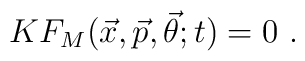
K F_{M}({\vec{x}},{\vec{p}},{\vec{\theta}};t) = 0 \ .